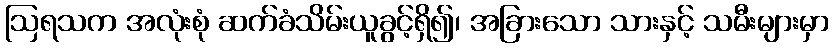
ဩရသက အလုံးစုံ ဆက်ခံသိမ်းယူခွင့်ရှိ၍၊ အခြားသော သားနှင့် သမီးများမှာ